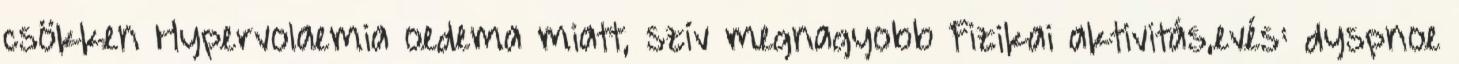
csökken Hypervolaemia oedema miatt, szív megnagyobb Fizikai aktivitás,evés: dyspnoe